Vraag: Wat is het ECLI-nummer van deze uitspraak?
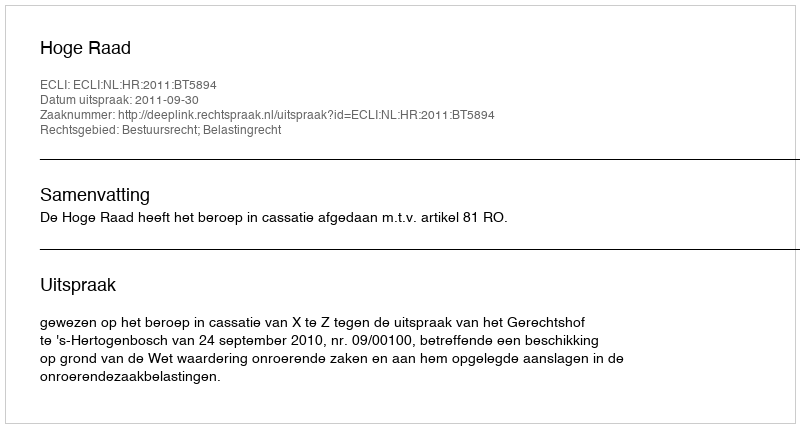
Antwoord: ECLI:NL:HR:2011:BT5894